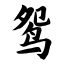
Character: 鸳